Report on the cultivation and use of ganja
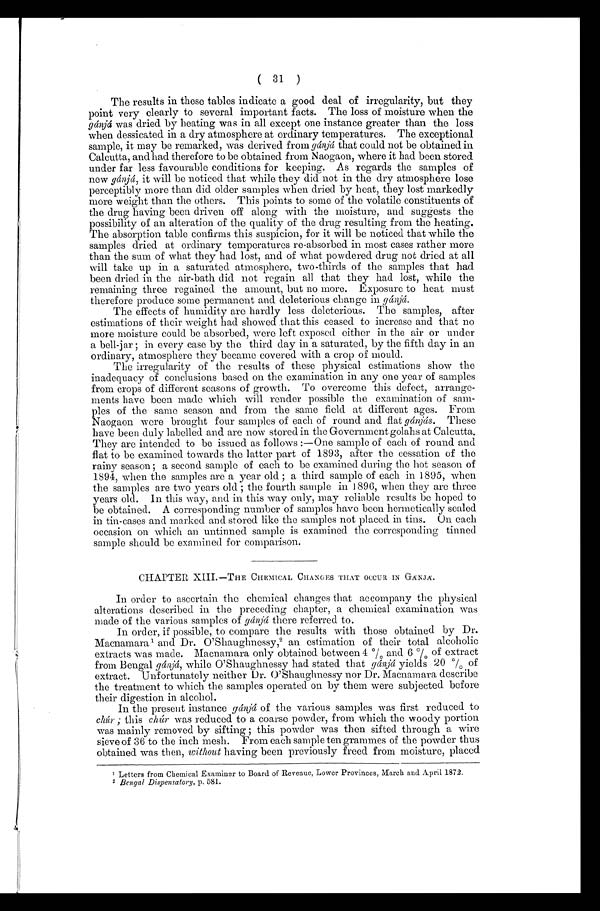
( 31 )
The results in these tables indicate a good deal of irregularity, but they
point very clearly to several important facts. The loss of moisture when the
gánjá was dried by heating was in all except one instance greater than the loss
when dessicated in a dry atmosphere at ordinary temperatures. The exceptional
sample, it may be remarked, was derived from gánját h a t c o u l d n o t b e o b t a i n e d i n
Calcutta, and had therefore to be obtained from Naogaon, where it had been stored
under far less favourable conditions for keeping. As regards the samples of
new gá nj á , i t w i l l b e n o t i c e d t h a t w h i l e t h e y d i d n o t i n t h e d r y a t m o s p h e r e l o s e
perceptibly more than did older samples when dried by heat, they lost markedly
more weight than the others. This points to some of the volatile constituents of
the drug having been driven off along with the moisture, and suggests the
possibility of an alteration of the quality of the drug resulting from the heating.
The absorption table confirms this suspicion, for it will be noticed that while the
samples dried at ordinary temperatures re-absorbed in most cases rather more
than the sum of what they had lost, and of what powdered drug not dried at all
will take up in a saturated atmosphere, two-thirds of the samples that had
been dried in the air-bath did not regain all that they had lost, while the
remaining three regained the amount, but no more. Exposure to heat must
therefore produce some permanent and deleterious change in gánjá.
The effects of humidity are hardly less deleterious. The samples, after
estimations of their weight had showed that this ceased to increase and that no
more moisture could be absorbed, were left exposed either in the air or under
a bell-jar ; in every case by the third day in a saturated, by the fifth day in an
ordinary, atmosphere they became covered with a crop of mould.
The irregularity of the results of these physical estimations show the
inadequacy of conclusions based on the examination in any one year of samples
from crops of different seasons of growth. To overcome this defect, arrange-
ments have been made which will render possible the examination of sam-
ples of the same season and from the same field at different ages. From
Naogaon were brought four samples of each of round and flat gánjás. These
have been duly labelled and are now stored in the Government golahs at Calcutta.
They are intended to be issued as follows :—One sample of each of round and
flat to be examined towards the latter part of 1893, after the cessation of the
rainy season; a second sample of each to be examined during the hot season of
1894, when the samples are a year old ; a third sample of each in 1895, when
the samples are two years old the fourth sample in 1896, when they are three
years old. In this way, and in this way only, may reliable results be hoped to
be obtained. A corresponding number of samples have been hermetically sealed
in tin-cases and marked and stored like the samples not placed in tins. On each
occasion on which an untinned sample is examined the corresponding tinned
sample should be examined for comparison.
CHAPTER XIII.—THE CHEMICAL CHANGES THAT OCCUR IN GÁNJÁ.
In order to ascertain the chemical changes that accompany the physical
alterations described in the preceding chapter, a chemical examination was
made of the various samples of gánját h e r e r e f e r r e d t o .
In order, if possible, to compare the results with those obtained by Dr.
Macnamara ¹a n d D r . O ' S h a u g h n e s s y ,
2 a n e s t i m a t i o n o f t h e i r t o t a l a l c o h o l i c
extracts was made. Macnamara only obtained between 4 % and 6 % of extract
from Bengal gánjá,w h i l e O ' S h a u g h n e s s y h a d s t a t e d t h a tg
á n j á
y i e l d s
2 0 %
o f
extract. Unfortunately neither Dr. O' Shaughnessy nor Dr. Macnamara describe
the treatment to which the samples operated on by them were subjected before
their digestion in alcohol.
In the present instance gánjá of the various samples was first reduced to
chúr ; this chúr was reduced to a coarse powder, from which the woody portion
was mainly removed by sifting ; this powder was then sifted through a wire
sieve of 36 to the inch mesh. From each sample ten grammes of the powder thus
obtained was then, without having been previously freed from moisture, placed
¹ Letters from Chemical Examiner to Board. of Revenue, Lower Provinces, March and April 1872.
² Bengal Dispensatory, p. 581.